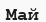
Май